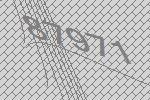
87971